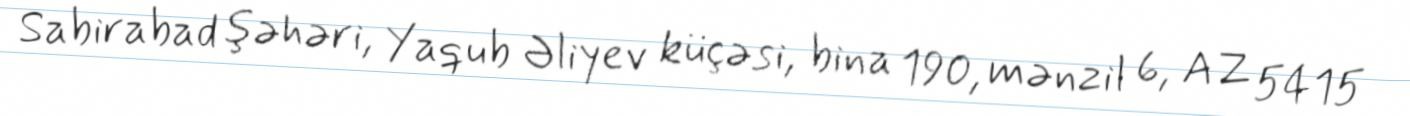
Sabirabad şəhəri, Yaqub Əliyev küçəsi, bina 190, mənzil 6, AZ 5415